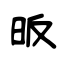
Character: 昄